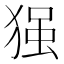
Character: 𱮇